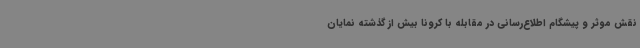
نقش موثر و پیشگام اطلاع‌رسانی در مقابله با کرونا بیش از گذشته نمایان